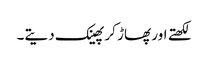
لکھتے اور پھاڑ کر پھینک دیتے۔